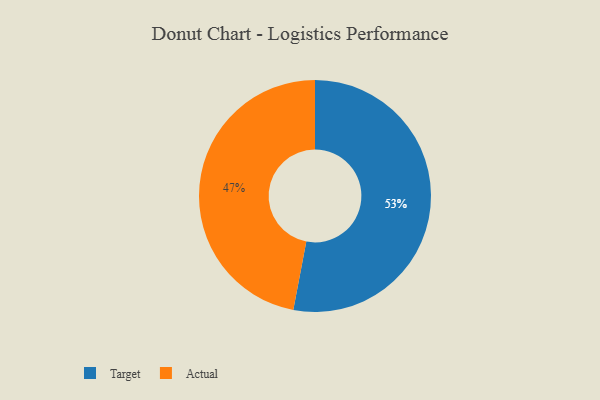
{"axis": {"x": "Category", "y": "Percentage"}, "legend": ["Actual", "Target"], "data": [{"x": "Actual", "y": 47, "type": "Actual"}, {"x": "Target", "y": 53, "type": "Target"}]}